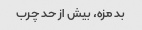
بد مزه، بیش از حد چرب